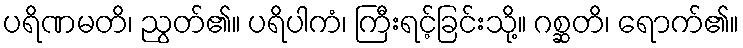
ပရိဏမတိ၊ ညွတ်၏။ ပရိပါကံ၊ ကြီးရင့်ခြင်းသို့။ ဂစ္ဆတိ၊ ရောက်၏။